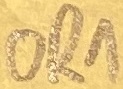
Text: OR1